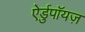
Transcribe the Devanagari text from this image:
ऐर्डुपॉयज़